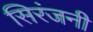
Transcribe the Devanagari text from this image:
सिरंजनी